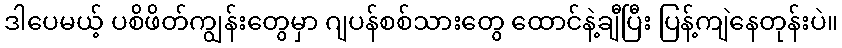
ဒါပေမယ့် ပစိဖိတ်ကျွန်းတွေမှာ ဂျပန်စစ်သားတွေ ထောင်နဲ့ချီပြီး ပြန့်ကျဲနေတုန်းပဲ။